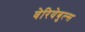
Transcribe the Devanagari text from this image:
वेरियेबुल्स